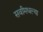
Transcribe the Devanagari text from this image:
सर्वांमधल्या